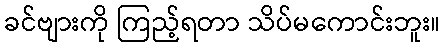
ခင်ဗျားကို ကြည့်ရတာ သိပ်မကောင်းဘူး။